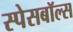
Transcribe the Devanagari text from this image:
स्पेसबॉल्स